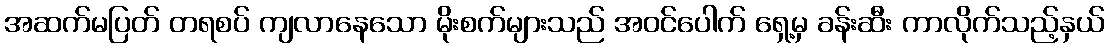
အဆက်မပြတ် တရစပ် ကျလာနေသော မိုးစက်များသည် အဝင်ပေါက် ရှေ့မှ ခန်းဆီး ကာလိုက်သည့်နှယ်